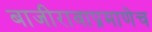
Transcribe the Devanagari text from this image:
बाजीरावाप्रमाणेच